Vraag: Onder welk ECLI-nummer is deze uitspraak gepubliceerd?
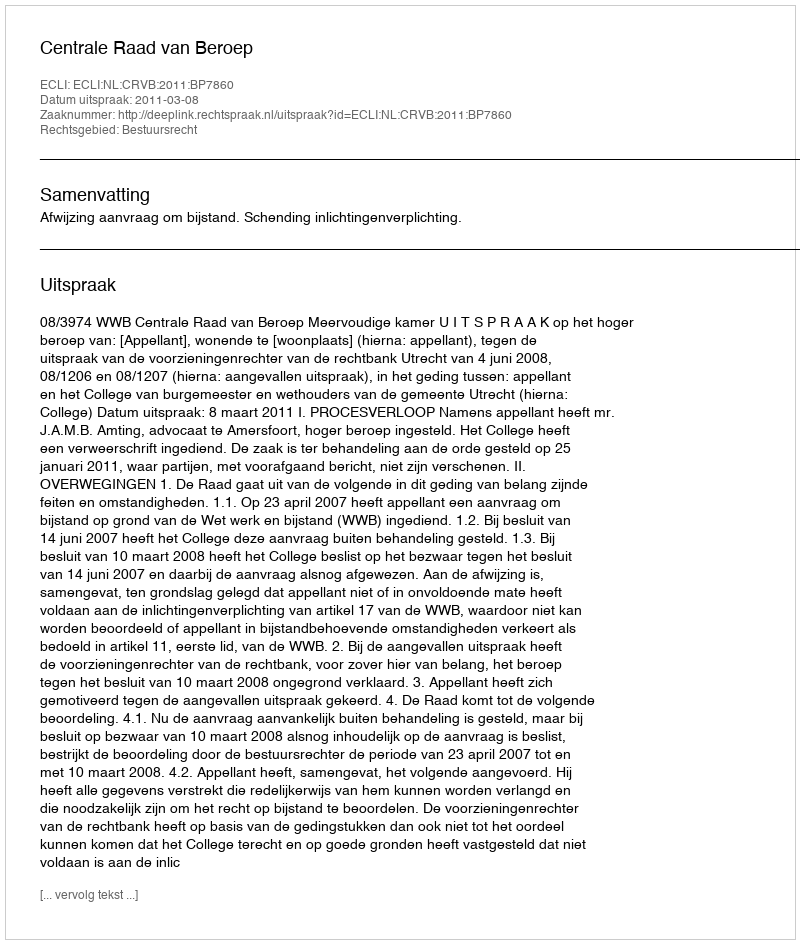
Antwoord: ECLI:NL:CRVB:2011:BP7860